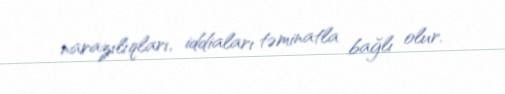
narazılıqları, iddiaları təminatla bağlı olur.